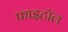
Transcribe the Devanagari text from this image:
फाइटॉल